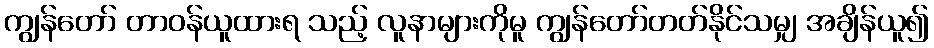
ကျွန်တော် တာဝန်ယူထားရ သည့် လူနာများကိုမူ ကျွန်တော်တတ်နိုင်သမျှ အချိန်ယူ၍